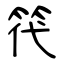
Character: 笩